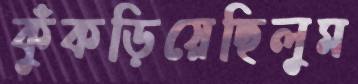
কুঁকড়িয়েছিলুম